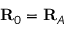
\mathbf { R } _ { 0 } = \mathbf { R } _ { A }